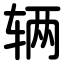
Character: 辆